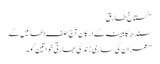
“ گستاخ طارق
سندھ کابینہ کے ارکان آج حلف اٹھائیں گے
”عمران کی ساری زندگی بھارتی خواتین کو۔